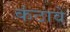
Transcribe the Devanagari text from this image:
कंठावे